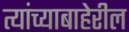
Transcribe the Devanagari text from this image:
त्यांच्याबाहेरील